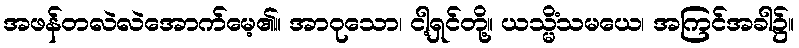
အဖန်တလဲလဲအောက်မေ့၏။ အာဝုသော၊ ငါ့ရှင်တို့။ ယသ္မိံသမယေ၊ အကြင်အခါ၌။